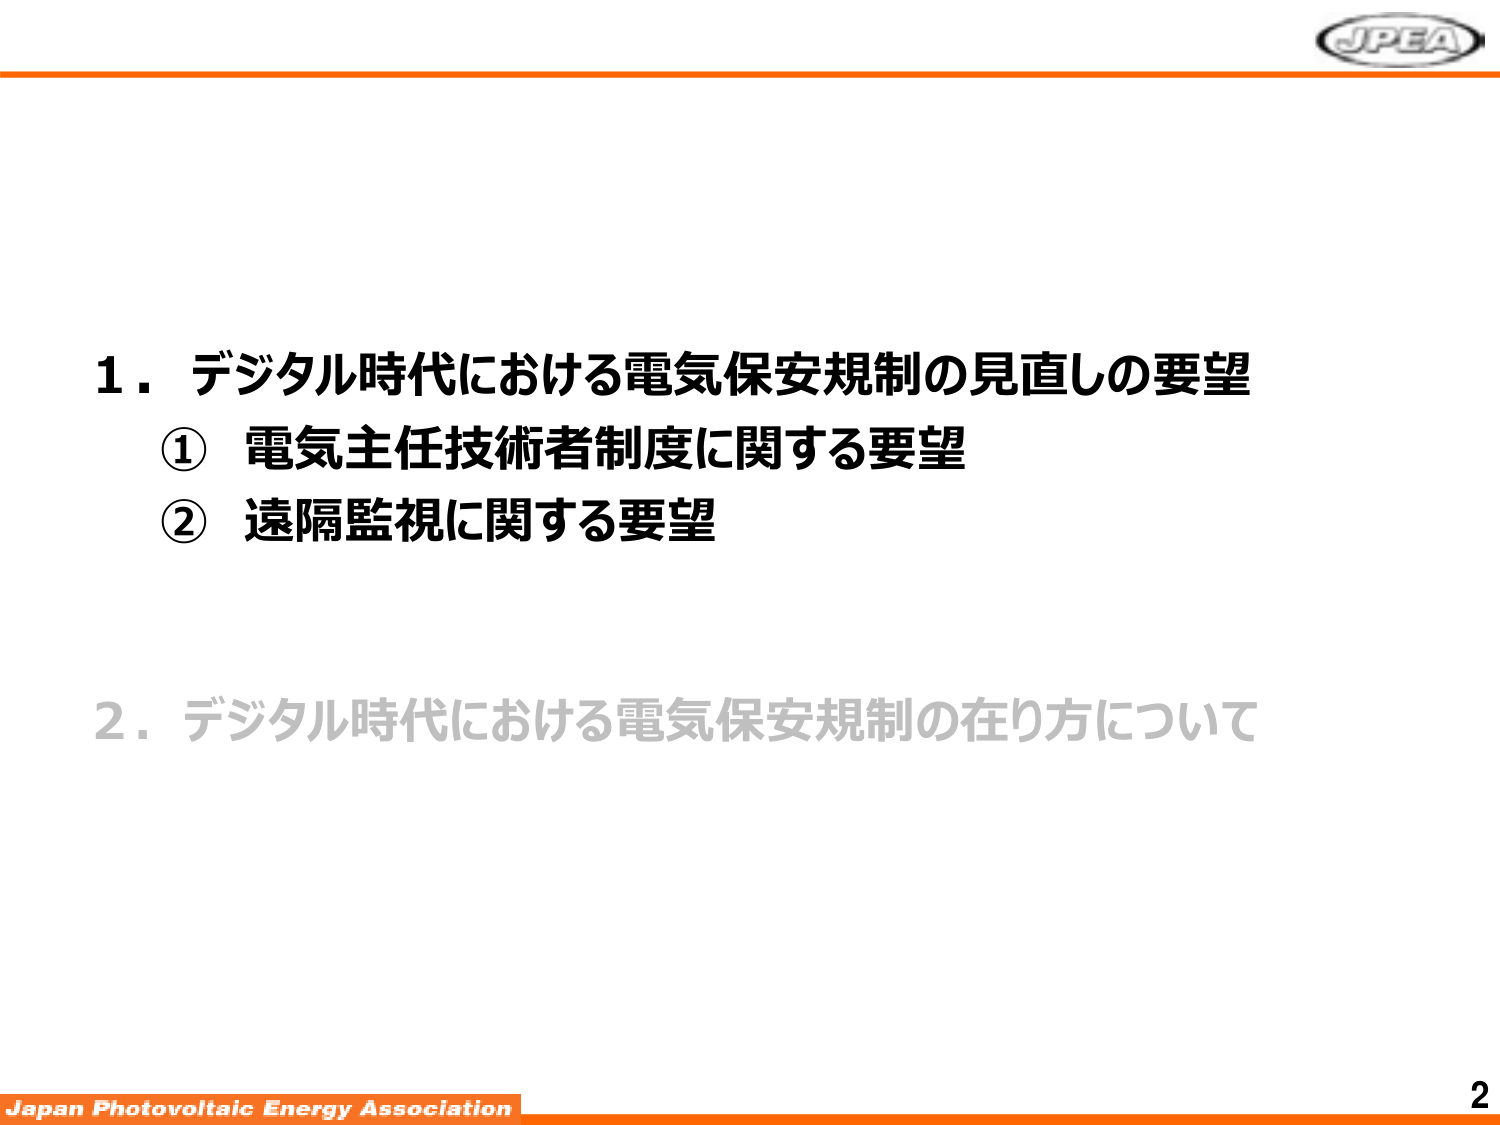
1．デジタル時代における電気保安規制の見直しの要望
① 電気主任技術者制度に関する要望
② 遠隔監視に関する要望

2．デジタル時代における電気保安規制の在り方について

JPEA
Japan Photovoltaic Energy Association
2